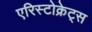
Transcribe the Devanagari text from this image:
एरिस्टोक्रेट्स